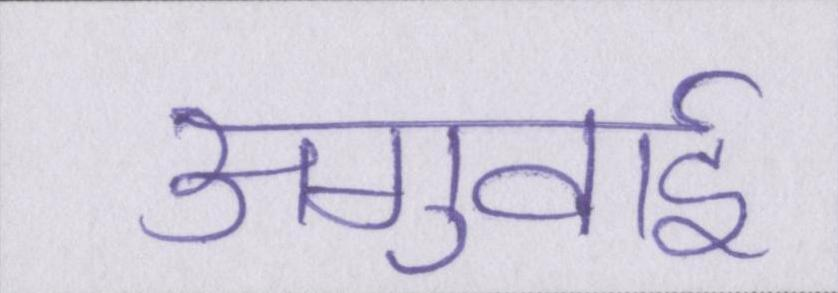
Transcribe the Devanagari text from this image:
अगुवाई